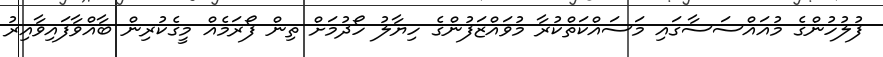
ފުލުހުންގެ މުއައްސަސާގައި މަސައްކަތްކުރާ މުވައްޒަފުންގެ ހިޔާލު ހޯދުމަށް ތިން ފޯރަމެއް މީގެކުރިން ބާއްވާފައިވާއިރު